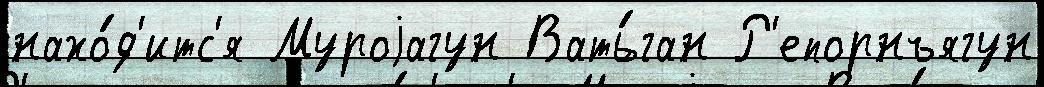
нахо́д'итс'я Муроjагун Вать́ган Р'епорнъягун